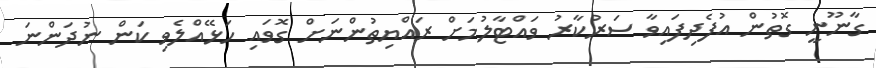
ގާނޫނީ ގޮތުން އުފެދިފައިވާ ސަރުކާރު ވައްޓާލުމަށް ރައްޔިތުންނަށް ގޮވައި ހަޅޭއްލެވި ކަން ނުދަންނަ